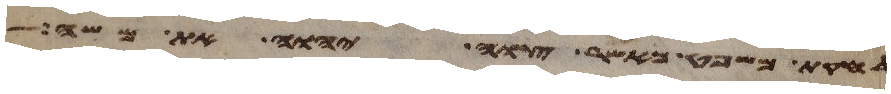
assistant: לחקת משפט כאשר צוה יהוה את משה